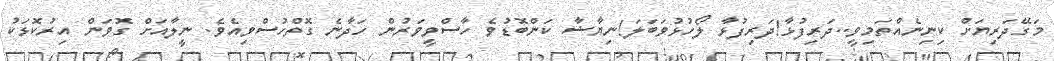
މަގޭދަރިޔަށް ކިނިނެއްތަމިވީ..ދަރިފުޅާ!ދަރިފުޅާ ލޯހުޅުވަބަލަ!ނިޔާޝާ ކަންބޮޑުވެ ހާސްވީވަރުން ހަދާނެ ގޮތްހުސްވިއެވެ. ނީލާއަށް ގޮވަން އިރުކޮޅަކު